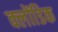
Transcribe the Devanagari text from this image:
क्लोंडिक